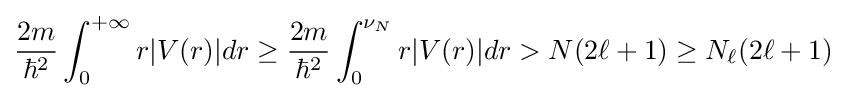
{\frac {2m}{\hbar ^{2}}}\int _{0}^{+\infty }r|V(r)|dr\geq {\frac {2m}{\hbar ^{2}}}\int _{0}^{\nu _{N}}r|V(r)|dr>N(2\ell +1)\geq N_{\ell }(2\ell +1)